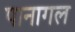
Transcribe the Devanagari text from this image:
पानागल